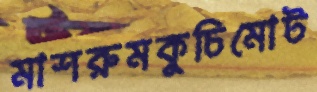
মাশরুমকুচিমোট